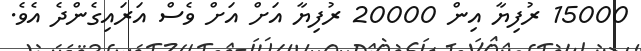
15000 ރުފިޔާ އިން 20000 ރުފިޔާ އަށް އަށް ވެސް އަރައިގެންދެ އެވެ.